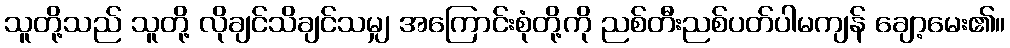
သူတို့သည် သူတို့ လိုချင်သိချင်သမျှ အကြောင်းစုံတို့ကို ညစ်တီးညစ်ပတ်ပါမကျန် ချော့မေး၏။